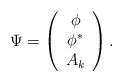
\begin{align*}\Psi = \left(\begin{array}{c} \phi \\ \phi^{\ast} \\ A_{k} \end{array} \right).\end{align*}